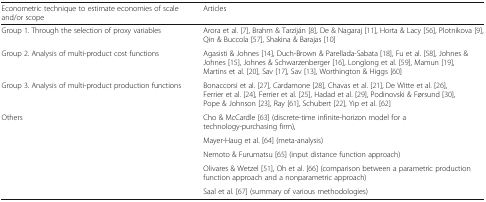
<table><thead><tr><td><b>Econometric technique to estimate economies of scale and/or scope</b></td><td><b>Articles</b></td></tr></thead><tbody><tr><td>Group 1. Through the selection of proxy variables</td><td>Arora et al. [7], Brahm &amp; Tarziján [8], De &amp; Nagaraj [11], Horta &amp; Lacy [56], Plotnikova [9], Qin &amp; Buccola [57], Shakina &amp; Barajas [10]</td></tr><tr><td>Group 2. Analysis of multi-product cost functions</td><td>Agasisti &amp; Johnes [14], Duch-Brown &amp; Parellada-Sabata [18], Fu et al. [58], Johnes &amp; Johnes [15], Johnes &amp; Schwarzenberger [16], Longlong et al. [59], Mamun [19], Martins et al. [20], Sav [17], Sav [13], Worthington &amp; Higgs [60]</td></tr><tr><td>Group 3. Analysis of multi-product production functions</td><td>Bonaccorsi et al. [27], Cardamone [28], Chavas et al. [21], De Witte et al. [26], Ferrier et al. [24], Ferrier et al. [25], Hadad et al. [29], Podinovski &amp; Førsund [30], Pope &amp; Johnson [23], Ray [61], Schubert [22], Yip et al. [62]</td></tr><tr><td rowspan="5">Others</td><td>Cho &amp; McCardle [63] (discrete-time infinite-horizon model for a technology-purchasing firm),</td></tr><tr><td>Mayer-Haug et al. [64] (meta-analysis)</td></tr><tr><td>Nemoto &amp; Furumatsu [65] (input distance function approach)</td></tr><tr><td>Olivares &amp; Wetzel [51], Oh et al. [66] (comparison between a parametric production function approach and a nonparametric approach)</td></tr><tr><td>Saal et al. [67] (summary of various methodologies)</td></tr></tbody></table>